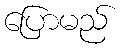
ပြောမည်